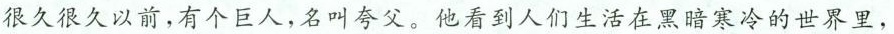
(9分)很久很久以前，有个巨人，名叫夸父。他看到人们生活在黑暗寒冷的世界里，